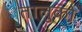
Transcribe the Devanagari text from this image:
तालुको